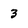
Character: 3